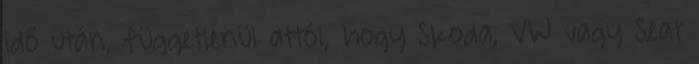
idő után, függetlenül attól, hogy Skoda, VW vagy Seat